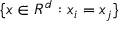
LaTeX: \{ x \in R ^ { d } : x _ { i } = x _ { j } \}